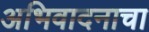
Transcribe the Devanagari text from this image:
अभिवादनाचा